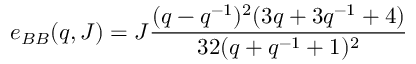
e _ { B B } ( q , J ) = J \frac { ( q - q ^ { - 1 } ) ^ { 2 } ( 3 q + 3 q ^ { - 1 } + 4 ) } { 3 2 ( q + q ^ { - 1 } + 1 ) ^ { 2 } }